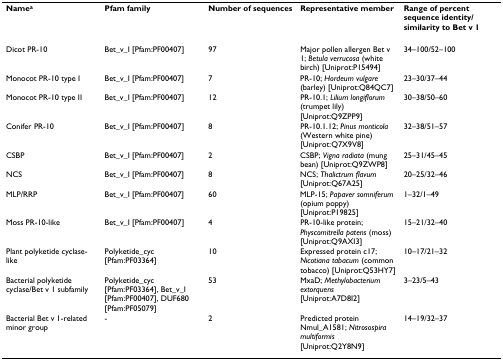
<table><thead><tr><td><b>Name<sup>a</sup></b></td><td><b>Pfam family</b></td><td><b>Number of sequences</b></td><td><b>Representative member</b></td><td><b>Range of percent sequence identity/similarity to Bet v 1</b></td></tr></thead><tbody><tr><td>Dicot PR-10</td><td>Bet_v_I [Pfam:PF00407]</td><td>97</td><td>Major pollen allergen Bet v 1; <i>Betula verrucosa </i>(white birch) [Uniprot:P15494]</td><td>34–100/52–100</td></tr><tr><td>Monocot PR-10 type I</td><td>Bet_v_I [Pfam:PF00407]</td><td>7</td><td>PR-10; <i>Hordeum vulgare </i>(barley) [Uniprot:Q84QC7]</td><td>23–30/37–44</td></tr><tr><td>Monocot PR-10 type II</td><td>Bet_v_I [Pfam:PF00407]</td><td>12</td><td>PR-10.1; <i>Lilium longiflorum </i>(trumpet lily) [Uniprot:Q9ZPP9]</td><td>30–38/50–60</td></tr><tr><td>Conifer PR-10</td><td>Bet_v_I [Pfam:PF00407]</td><td>8</td><td>PR-10.1.12; <i>Pinus monticola </i>(Western white pine) [Uniprot:Q7X9V8]</td><td>32–38/51–57</td></tr><tr><td>CSBP</td><td>Bet_v_I [Pfam:PF00407]</td><td>2</td><td>CSBP; <i>Vigna radiata </i>(mung bean) [Uniprot:Q9ZWP8]</td><td>25–31/45–45</td></tr><tr><td>NCS</td><td>Bet_v_I [Pfam:PF00407]</td><td>8</td><td>NCS; <i>Thalictrum flavum </i>[Uniprot:Q67A25]</td><td>20–25/32–46</td></tr><tr><td>MLP/RRP</td><td>Bet_v_I [Pfam:PF00407]</td><td>60</td><td>MLP-15; <i>Papaver somniferum </i>(opium poppy) [Uniprot:P19825]</td><td>1–32/1–49</td></tr><tr><td>Moss PR-10-like</td><td>Bet_v_I [Pfam:PF00407]</td><td>4</td><td>PR-10-like protein; <i>Physcomitrella patens </i>(moss) [Uniprot:Q9AXI3]</td><td>15–21/32–40</td></tr><tr><td>Plant polyketide cyclase-like</td><td>Polyketide_cyc [Pfam:PF03364]</td><td>10</td><td>Expressed protein c17; <i>Nicotiana tabacum </i>(common tobacco) [Uniprot:Q53HY7]</td><td>10–17/21–32</td></tr><tr><td>Bacterial polyketide cyclase/Bet v 1 subfamily</td><td>Polyketide_cyc [Pfam:PF03364], Bet_v_I [Pfam:PF00407], DUF680 [Pfam:PF05079]</td><td>53</td><td>MxaD; <i>Methylobacterium extorquens </i>[Uniprot:A7D8I2]</td><td>3–23/5–43</td></tr><tr><td>Bacterial Bet v 1-related minor group</td><td>-</td><td>2</td><td>Predicted protein Nmul_A1581; <i>Nitrosospira multiformis</i>[Uniprot:Q2Y8N9]</td><td>14–19/32–37</td></tr></tbody></table>